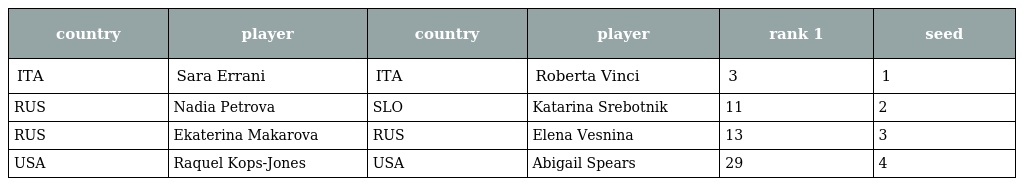
| country | player | country | player | rank 1 | seed |
 | --- | --- | --- | --- | --- | --- |
 | ITA | Sara Errani | ITA | Roberta Vinci | 3 | 1 |
 | RUS | Nadia Petrova | SLO | Katarina Srebotnik | 11 | 2 |
 | RUS | Ekaterina Makarova | RUS | Elena Vesnina | 13 | 3 |
 | USA | Raquel Kops-Jones | USA | Abigail Spears | 29 | 4 |